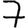
Digit: 7